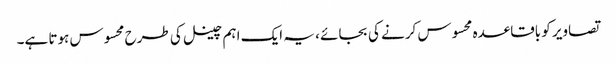
تصاویر کو باقاعدہ محسوس کرنے کی بجائے ، یہ ایک اہم چینل کی طرح محسوس ہوتا ہے۔